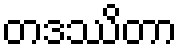
တဒဿိတာ